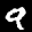
Label: 9